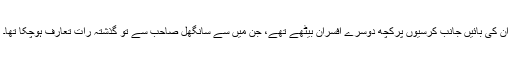
ان کی بائیں جانب کرسیوں پرکچھ دوسرے افسران بیٹھے تھے، جن میں سے سانگھل صاحب سے تو گذشتہ رات تعارف ہوچکا تھا۔